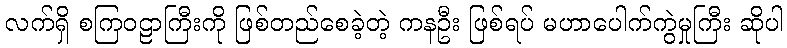
လက်ရှိ စကြဝဠာကြီးကို ဖြစ်တည်စေခဲ့တဲ့ ကနဦး ဖြစ်ရပ် မဟာပေါက်ကွဲမှုကြီး ဆိုပါ